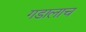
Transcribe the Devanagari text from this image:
गडालाच